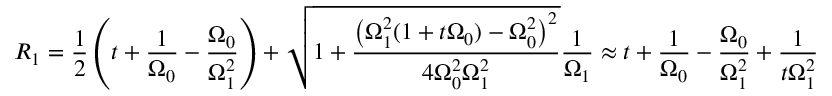
R _ { 1 } = \frac { 1 } { 2 } \left( t + \frac { 1 } { \Omega _ { 0 } } - \frac { \Omega _ { 0 } } { \Omega _ { 1 } ^ { 2 } } \right) + \sqrt { 1 + \frac { \left( \Omega _ { 1 } ^ { 2 } ( 1 + t \Omega _ { 0 } ) - \Omega _ { 0 } ^ { 2 } \right) ^ { 2 } } { 4 \Omega _ { 0 } ^ { 2 } \Omega _ { 1 } ^ { 2 } } } \frac { 1 } { \Omega _ { 1 } } \approx t + \frac { 1 } { \Omega _ { 0 } } - \frac { \Omega _ { 0 } } { \Omega _ { 1 } ^ { 2 } } + \frac { 1 } { t \Omega _ { 1 } ^ { 2 } }